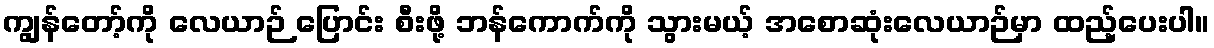
ကျွန်တော့်ကို လေယာဉ် ပြောင်း စီးဖို့ ဘန်ကောက်ကို သွားမယ့် အစောဆုံးလေယာဉ်မှာ ထည့်ပေးပါ။